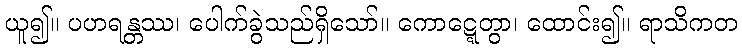
ယူ၍။ ပဟရန္တဿ၊ ပေါက်ခွဲသည်ရှိသော်။ ကောဋ္ဋေတွာ၊ ထောင်း၍။ ရာသိကတ